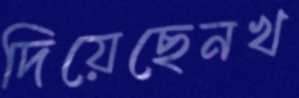
দিয়েছেনখ